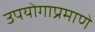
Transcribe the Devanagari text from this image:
उपयोगाप्रमाणे